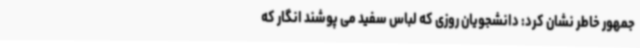
جمهور خاطر نشان کرد: دانشجویان روزی که لباس سفید می پوشند انگار که